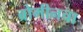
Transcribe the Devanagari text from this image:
ब्रोमीनचा